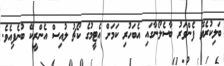
ބަލިކުރެވޭ ފެންވަރު ބާސެލޯނާގައި އެބަހުރި ކަމަށް އެޓީމުގެ ކޯޗު ލުއިސް އެންރީކޭ ބުނެފިއެވެ.